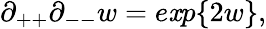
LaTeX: \partial_{++}\partial_{--}w=e\mathit{x}p\{ 2w\} ,